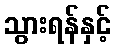
သွားရန်နှင့်